Juri_Uluots, lk 18
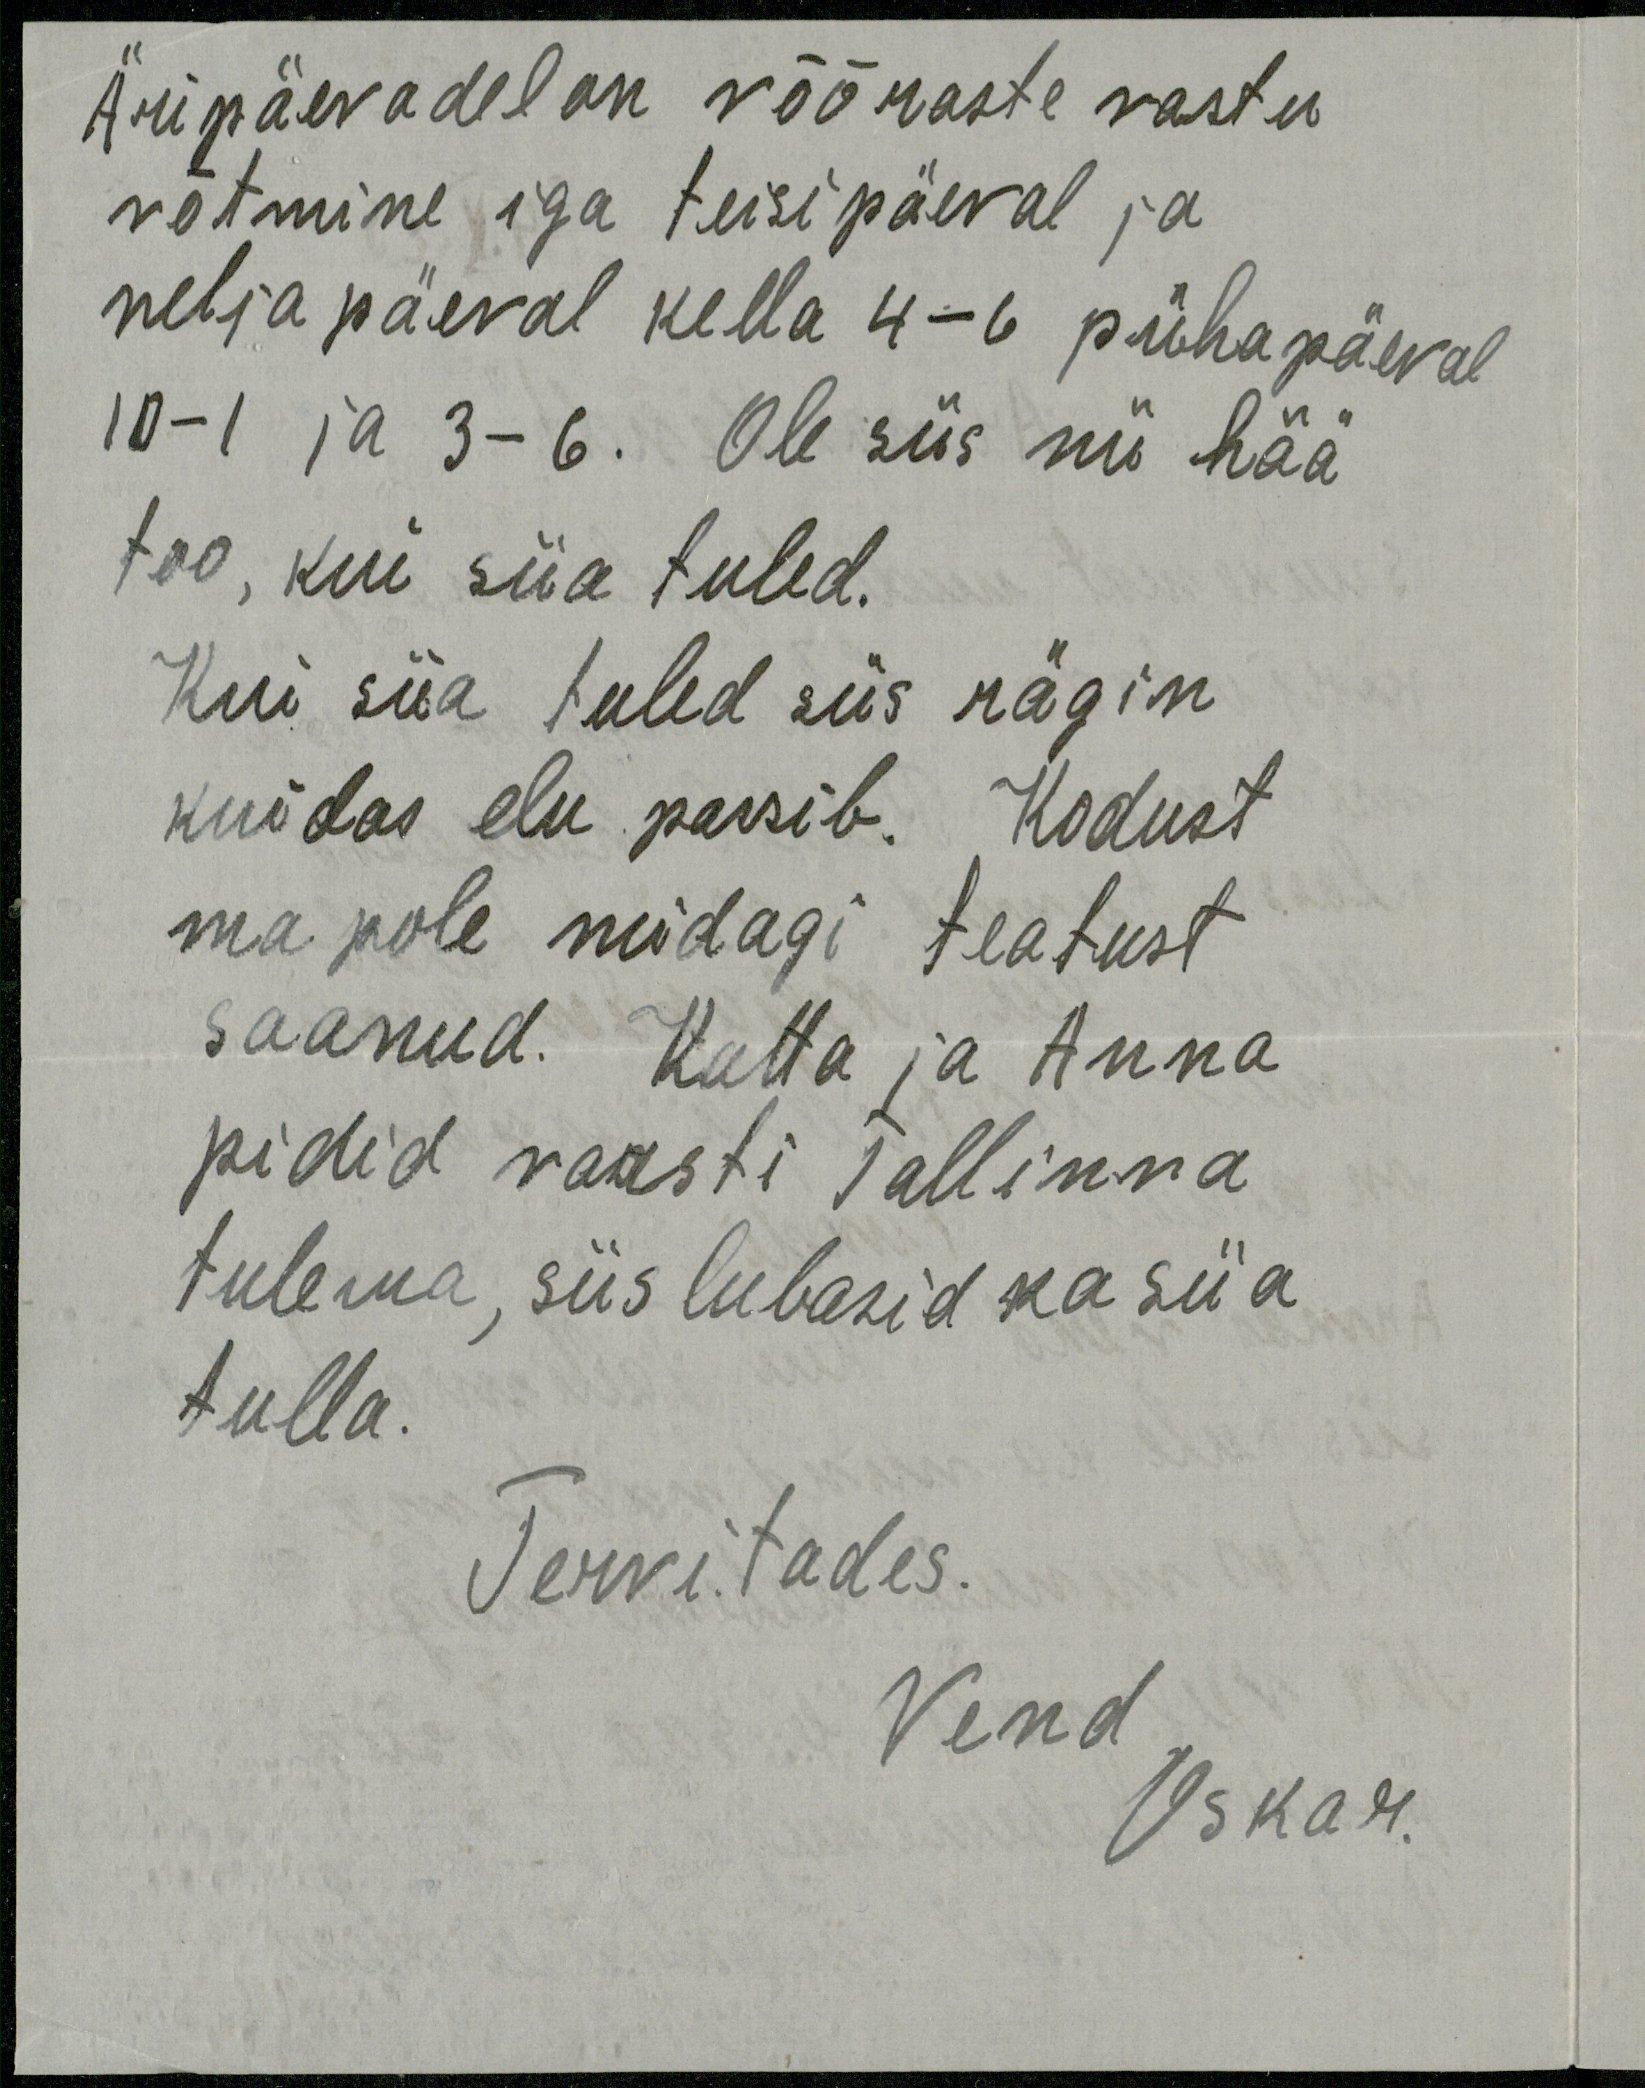
Äripäevadel on võõraste vastu
võtmine iga teisipäeval ja
neljapäeval kella 4-6 pühapäeval
10-1 ja 3-6. Ole siis nii hää
too, kui siia tuled.
Kui siia tuled siis rägin
kuidas elu passib. Kodust
ma pole midagi teatust
saanud. Katta ja Anna
pidid varsti Tallinna
tulema, siis lubasid ka siia
tulla.
Tervitades.
Vend
Oskar.